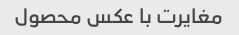
مغایرت با عکس محصول